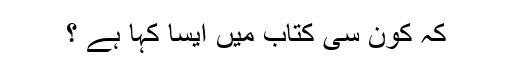
کہ کون سی کتاب میں ایسا کہا ہے ؟